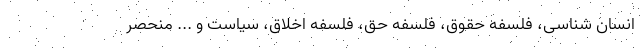
انسان شناسی، فلسفه حقوق، فلسفه حق، فلسفه اخلاق، سیاست و ... منحصر